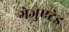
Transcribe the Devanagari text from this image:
ग्रेजुएटेड